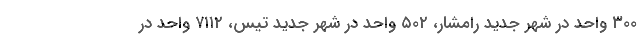
۳۰۰ واحد در شهر جدید رامشار، ۵۰۲ واحد در شهر جدید تیس، ۷۱۱۲ واحد در